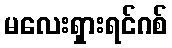
မလေးရှားရင်ဂစ်